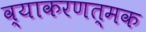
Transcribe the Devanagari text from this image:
व्याकरणत्मक